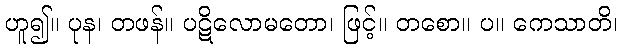
ဟူ၍။ ပုန၊ တဖန်။ ပဋိလောမတော၊ ဖြင့်။ တစော။ ပ။ ကေသာတိ၊